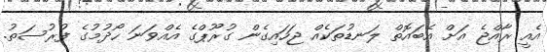
އެއީ ރާއްޖެ އަށް އެބައޮތް ލަނޑުތަކެއް ޖަހައިގެން ގުރޫޕްގެ އެއްވަނަ ހޯދުމުގެ ފުރުސަތު.